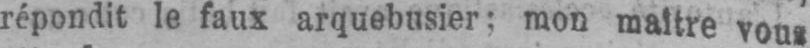
répondit le faux arquebusier: mon maître vous